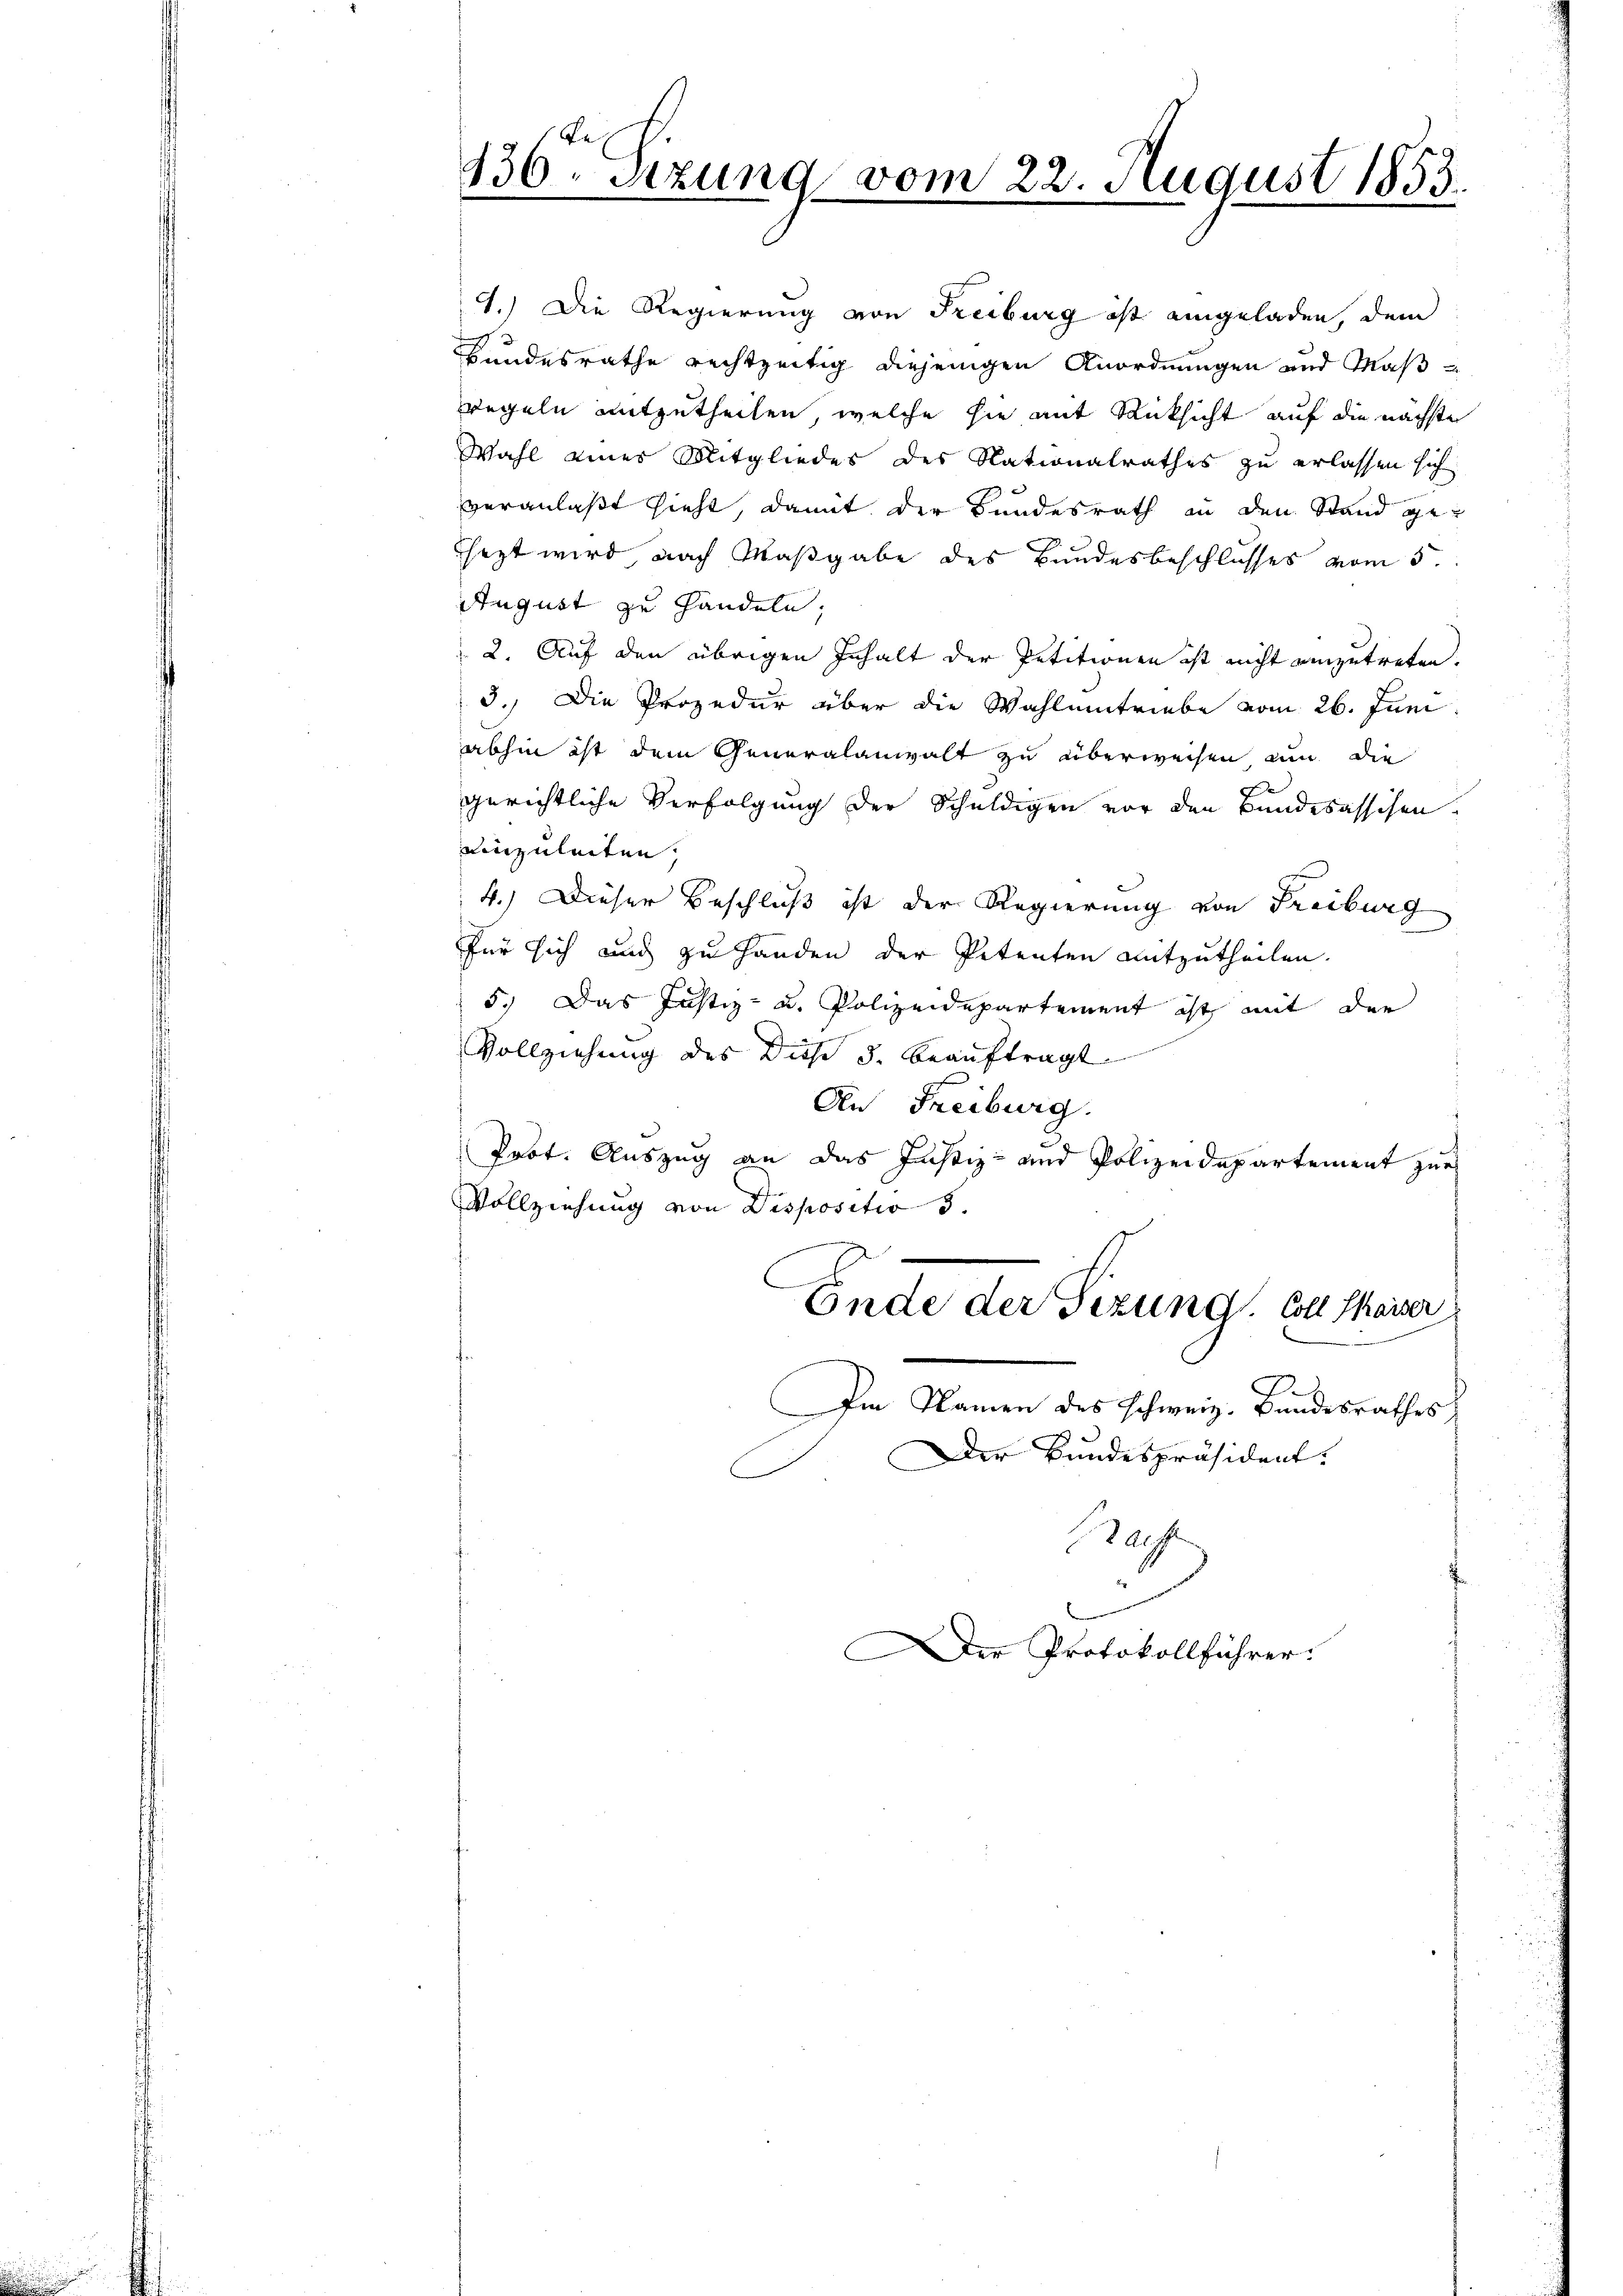
Re
136. Sizung vom 22. August 1853.

4.) Die Regierung von Freiburg ist eingeladen, dem
Bundesrathe rechtzeitig diejenigen Anordnungen und Maßregeln mitzutheilen, welche sie mit Rücksicht auf die nächste
Wahl eines Mitgliedes des Nationalrathes zu erlassen sich
veranlaßt sieht, damit der Bundesrath in den Stand gesezt wird nach Maßgabe des Bundesbeschlusses vom 5.
August zu Handeln;
2. Auf den übrigen Inhalt der Petitionen ist nicht einzutreten.
3.) Die Prozedur über die Wahlentriebe vom 26. Juni
abhin ist dem Generalanwalt zu überweisen nun die
gerichtliche Verfolgung der Schuldigen vor den Bundesassisen.
einzuleiten,
4.) Dieser Beschluß ist der Regierung von Freiburg
für sich und zu Handen der Petenten mitzutheilen.
5.) Das Justiz- u. Polizeidepartement ist mit der
Vollziehung des Diese 3. beauftragt
An Freiburg.
Prot. Auszug an das Justiz- und Polizeidepartement zur
Vollziehung von Dispositio 5
Ende der Sezung. Coll Chaiser
Im Namen des schweiz. Bundesrathes
Der Bundespräsident.
Tafft

u
Der Protokollführer.